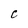
Character: C